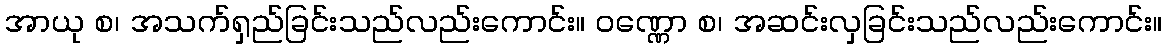
အာယု စ၊ အသက်ရှည်ခြင်းသည်လည်းကောင်း။ ဝဏ္ဏော စ၊ အဆင်းလှခြင်းသည်လည်းကောင်း။